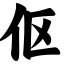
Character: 伛